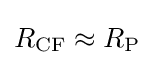
R_{\rm {CF}}\approx R_{\rm {P}}